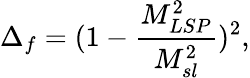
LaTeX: \Delta_{f}=(1-\frac{M_{LSP}^{2}}{M_{sl}^{2}})^{2},